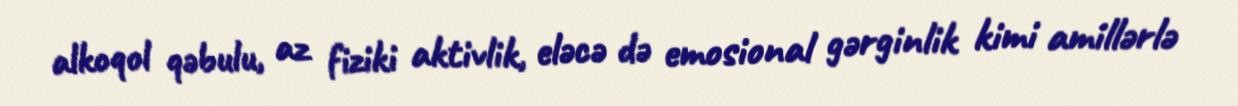
alkoqol qəbulu, az fiziki aktivlik, eləcə də emosional gərginlik kimi amillərlə